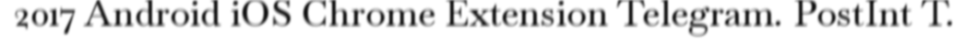
2017 Android iOS Chrome Extension Telegram. PostInt T.